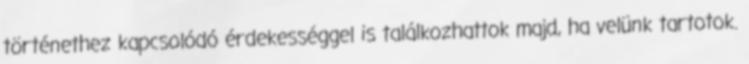
történethez kapcsolódó érdekességgel is találkozhattok majd, ha velünk tartotok.